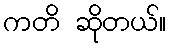
ကတိ ဆိုတယ်။